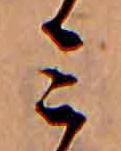
ミ